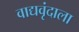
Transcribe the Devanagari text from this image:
वाद्यवृंदाला